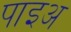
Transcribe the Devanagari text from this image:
पाइअ